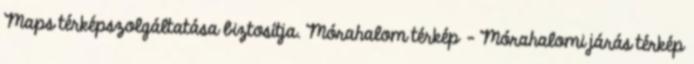
Maps térképszolgáltatása biztosítja. Mórahalom térkép - Mórahalomi járás térkép